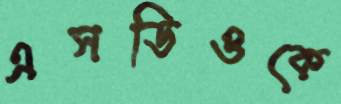
এসডিওকে